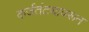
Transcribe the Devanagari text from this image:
कर्जतंट्यावरून